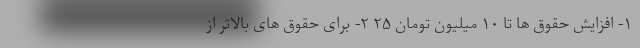
۱- افزایش حقوق ها تا ۱۰ میلیون تومان ۲۵ ۲- برای حقوق های بالاتر از